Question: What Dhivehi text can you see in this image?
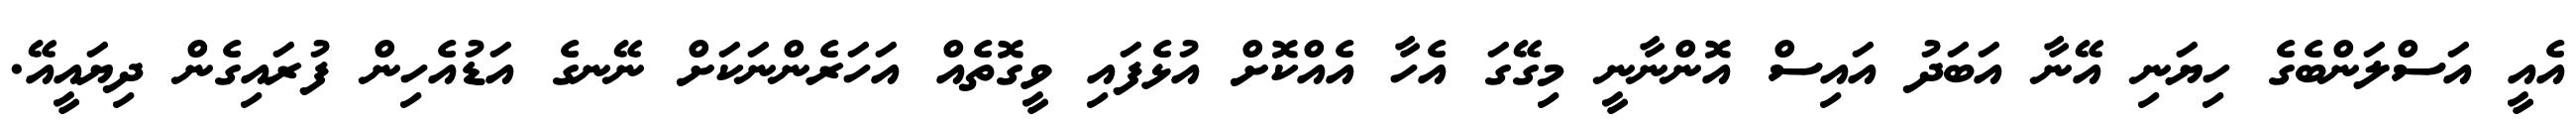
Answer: އެއީ އަސްލަންބެގެ ހިޔަނި އޭނާ އަބަދު އައިސް އޮންނާނީ މިގޭގަ އެހާ އެއްކޮށް އުޅެފައި ވީގޮތެއް އަހަރެންނަކަށް ނޭނގެ އަޑުއެހިން ފުރައިގެން ދިޔައީއޭ.